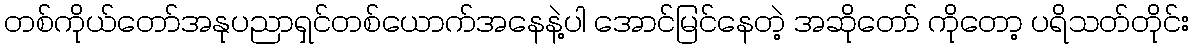
တစ်ကိုယ်တော်အနုပညာရှင်တစ်ယောက်အနေနဲ့ပါ အောင်မြင်နေတဲ့ အဆိုတော် ကိုတော့ ပရိသတ်တိုင်း